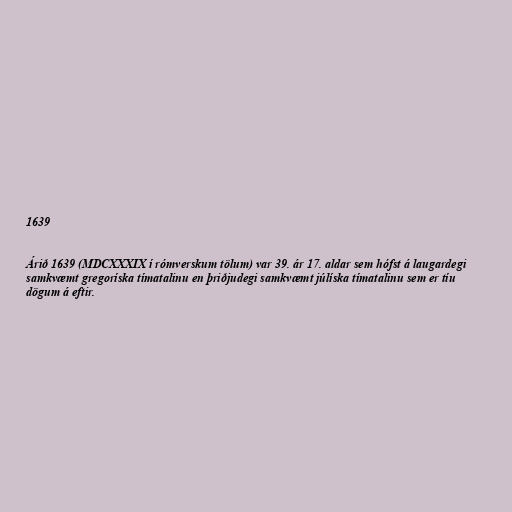
1639

Árið 1639 (MDCXXXIX í rómverskum tölum) var 39. ár 17. aldar sem hófst á laugardegi
samkvæmt gregoríska tímatalinu en þriðjudegi samkvæmt júlíska tímatalinu sem er tíu
dögum á eftir.